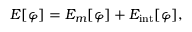
E [ \varphi ] = E _ { m } [ \varphi ] + E _ { \mathrm { i n t } } [ \varphi ] ,